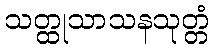
သတ္ထုသာသနသုတ္တံ